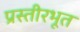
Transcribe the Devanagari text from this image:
प्रस्तीरभूत